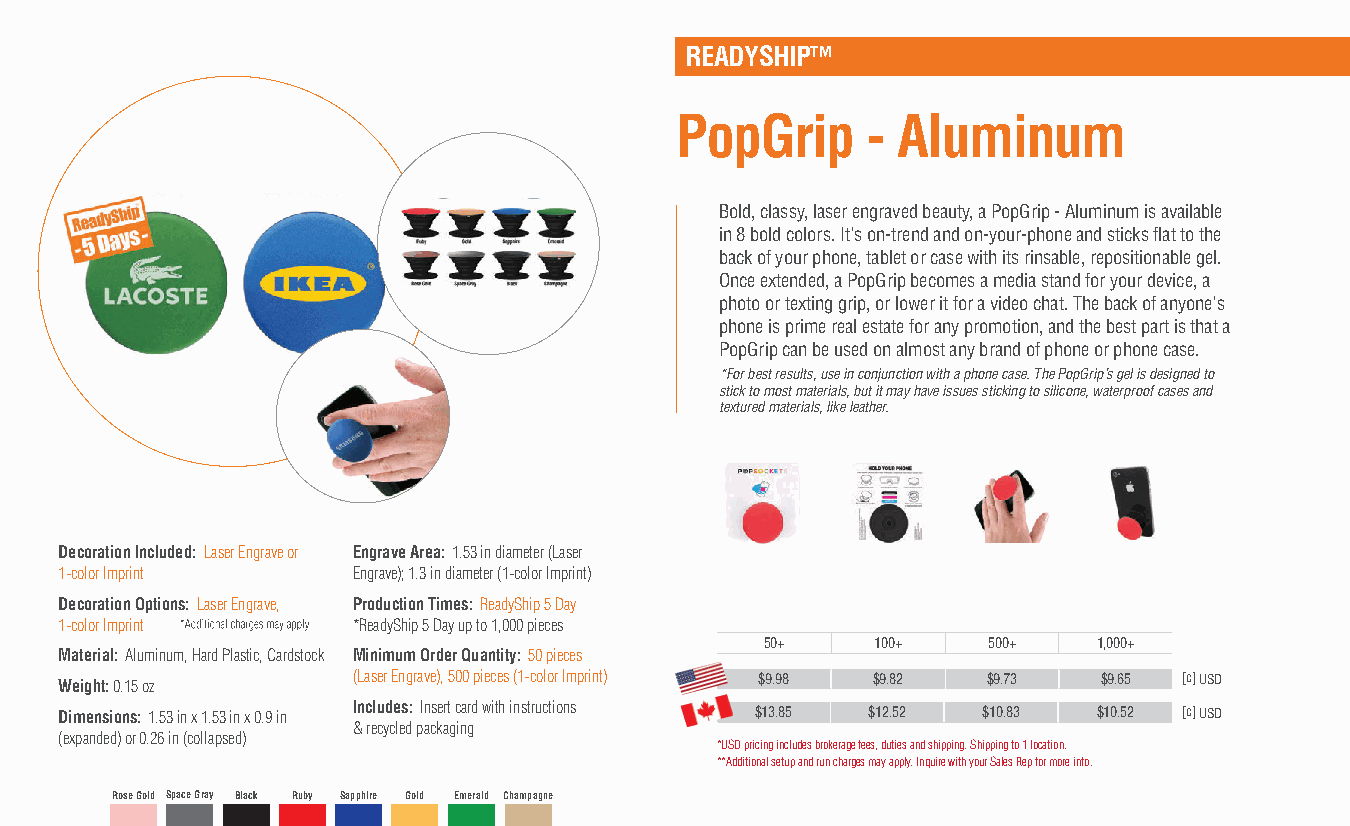
READYSHIP™
 PopGrip     - Aluminum
 Bold, classy, laser engraved beauty, a PopGrip - Aluminum is available
 in 8 bold colors. It's on-trend and on-your-phone and sticks flat to the
 back of your phone, tablet or case with its rinsable, repositionable gel.
 Once extended, a PopGrip becomes a media stand for your device, a
 photo or texting grip, or lower it for a video chat. The back of anyone's
 phone is prime real estate for any promotion, and the best part is that a
 PopGrip can be used on almost any brand of phone or phone case.
 *For best results, use in conjunction with a phone case. The PopGrip’s gel is designed to
 stick to most materials, but it may have issues sticking to silicone, waterproof cases and
 textured materials, like leather.
 Decoration Included: Laser Engrave or Engrave Area: 1.53 in diameter (Laser
 1-color Imprint    Engrave); 1.3 in diameter (1-color Imprint)
 Decoration Options: Laser Engrave, Production Times: ReadyShip 5 Day
 1-color Imprint    *ReadyShip 5 Day up to 1,000 pieces
 50+    100+   500+    1,000+
 Material: Aluminum, Hard Plastic, Cardstock Minimum Order Quantity: 50 pieces
 Weight: 0.15 oz    (Laser Engrave), 500 pieces (1-color Imprint) $9.98 $9.82 $9.73 $9.65 [c] USD
 Dimensions: 1.53 in x 1.53 in x 0.9 in Includes: Insert card with instructions $13.85 $12.52 $10.83 $10.52 [c] USD
 & recycled packaging
 (expanded) or 0.26 in (collapsed)
 *USD pricing includes brokerage fees, duties and shipping. Shipping to 1 location.
 **Additional setup and run charges may apply. Inquire with your Sales Rep for more info.
 Rose Gold Space Gray Black Ruby Sapphire Gold Emerald Champagne